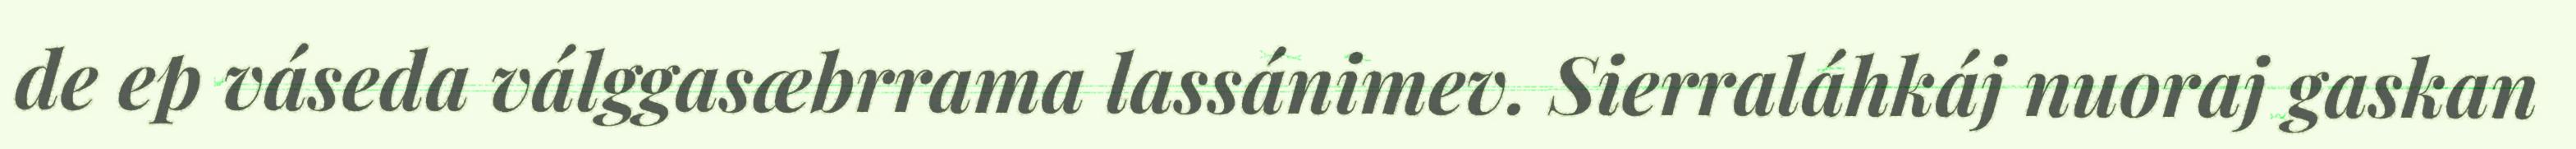
de ep váseda válggasæbrrama lassánimev. Sierraláhkáj nuoraj gaskan